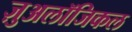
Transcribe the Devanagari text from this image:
ज़ुअलॉजिकल